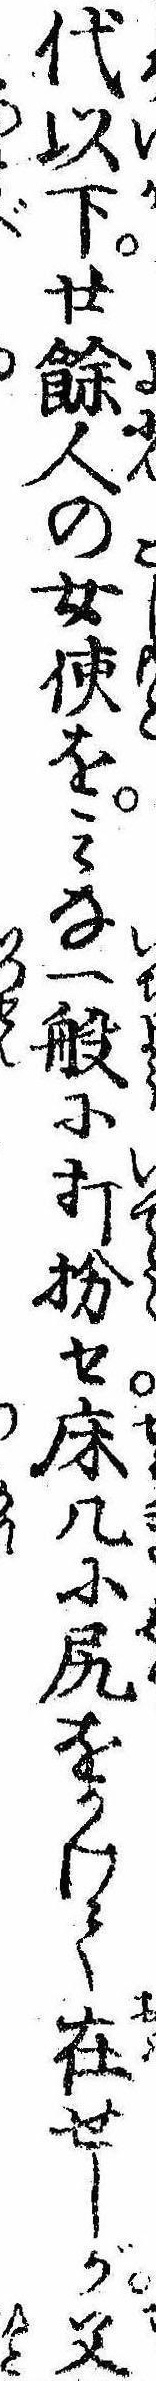
代以下廿余人の女使をみな一般に打扮せ床几に尻をかけて在せしが父